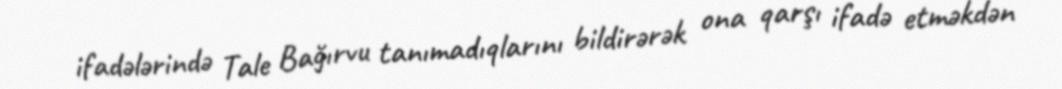
ifadələrində Tale Bağırvu tanımadıqlarını bildirərək ona qarşı ifadə etməkdən